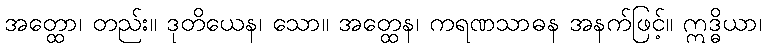
အတ္ထော၊ တည်း။ ဒုတိယေန၊ သော။ အတ္ထေန၊ ကရဏသာဓန အနက်ဖြင့်။ ဣဒ္ဓိယာ၊